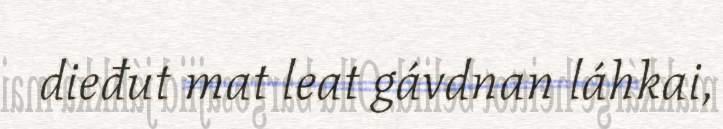
dieđut mat leat gávdnan láhkai,